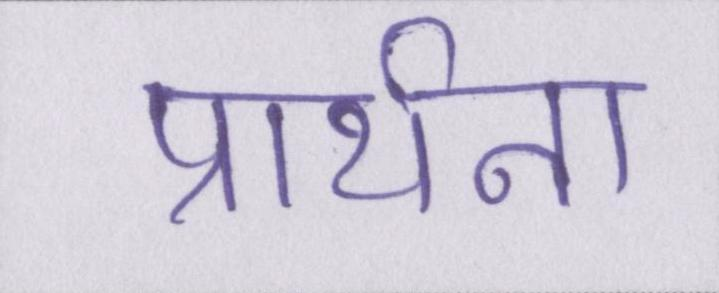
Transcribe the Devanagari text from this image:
प्रार्थना